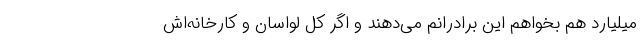
میلیارد هم بخواهم این برادرانم می‌دهند و اگر کل لواسان و کارخانه‌اش